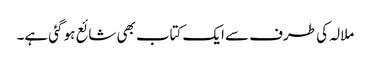
ملالہ کی طرف سے ایک کتاب بھی شائع ہو گئی ہے۔